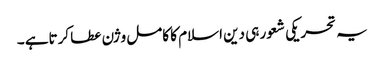
یہ تحریکی شعور ہی دین اسلام کا کامل وژن عطا کرتاہے ۔